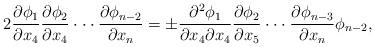
LaTeX: \begin{align*}2\frac{\partial \phi_1}{\partial x_4}\frac{\partial \phi_2}{\partial x_4}\cdot \cdot \cdot \frac{\partial \phi_{n-2}}{\partial x_{n}}=\pm \frac{\partial^2 \phi_1}{\partial x_4 \partial x_4}\frac{\partial \phi_2}{\partial x_5}\cdot\cdot\cdot\frac{\partial \phi_{n-3}}{\partial x_n}\phi_{n-2},\end{align*}